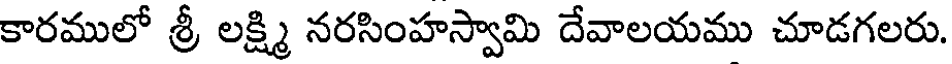
కారములో శ్రీ లక్ష్మి నరసింహస్వామి దేవాలయము చూడగలరు.